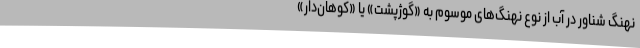
نهنگ شناور در آب از نوع نهنگ‌های موسوم به «گوژپشت» یا «کوهان‌دار»